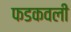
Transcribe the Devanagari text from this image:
फडकवली